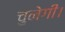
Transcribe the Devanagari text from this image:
चुनेगी।